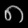
Digit: ၈